Vaccination in Bombay 1913-1923 - 1913-1923
Year: 1913
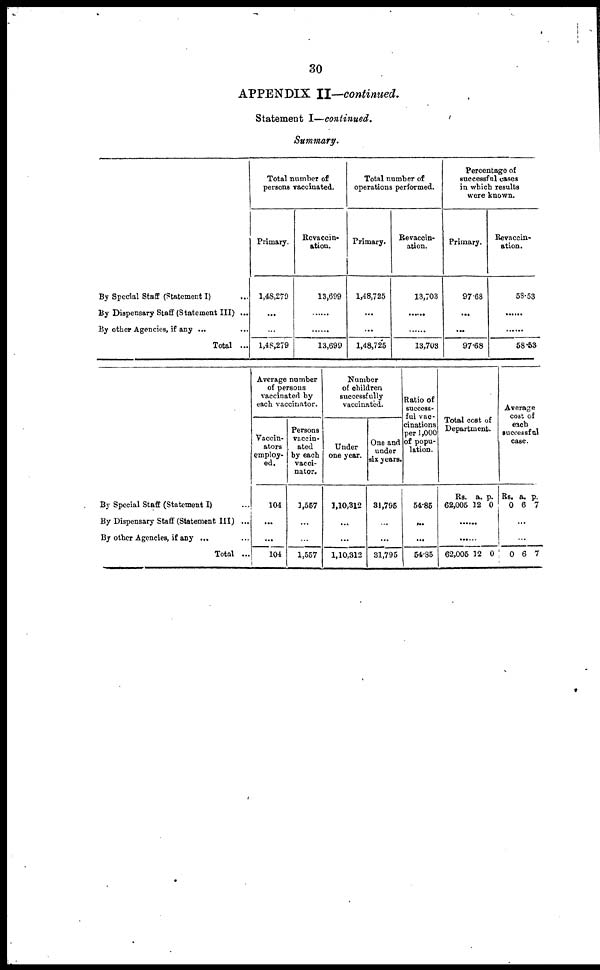
30
APPENDIX II—continued.
Statement I—continued.
Summary.
By Special Staff (Statement I) ...
By Dispensary Staff (Statement III) ...
By other Agencies, if any ... ...
Total ...
Total number of
persons vaccinated.
Primary.
1,48,279
...
...
1,48,279
Revaccin-
ation.
13,699
......
......
13,699
Total number of
operations performed.
Primary.
1,48,725
...
...
1,48,725
Revaccin-
ation.
13,703
......
......
13,703
Percentage of
successful cases
in which results
were known.
Primary.
97.68
...
...
97.68
Revaccin-
ation.
58.53
......
......
58.53
By Special Staff (Statement I) ...
By Dispensary Staff (Statement III) ...
By other Agencies, if any ... ...
Total ...
Average number
of persons
vaccinated by
each vaccinator.
Vaccin-
ators
employ-
ed.
104
...
...
104
Persons
vaccin-
ated
by each
vacci-
nator.
1,557
...
...
1,557
Number
of children
successfully
vaccinated.
Under
one year.
1,10,312
...
...
1,10,312
One and
under
six years.
31,795
...
...
31,795
Ratio of
success-
ful vac-
cinations
per 1,000
of popu-
lation.
54.85
...
...
54.85
Total cost of
Department.
Rs.
62,005
a.
12
p.
0
......
......
62,005 12 0
Average
cost of
each
successful
case.
Rs.
0
a.
6
p.
7
...
...
0 6 7